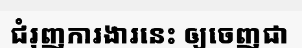
ជំរុញការងារនេះ ឲ្យចេញជា